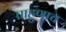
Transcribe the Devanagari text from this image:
पाहुणाच